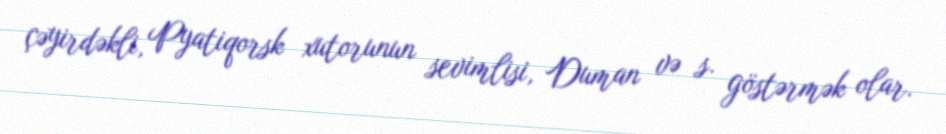
çəyirdəkli, Pyatiqorsk xutorunun sevimlisi, Duman və s. göstərmək olar.